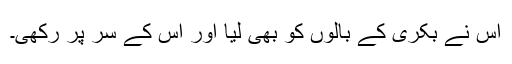
اس نے بکری کے بالوں کو بھی لیا اور اس کے سر پر رکھی۔